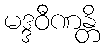
မဒ္ဒဝီဏန္တိ